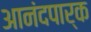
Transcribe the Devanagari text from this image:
आनंदपार्क